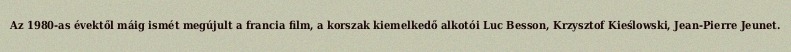
Az 1980-as évektől máig ismét megújult a francia film, a korszak kiemelkedő alkotói Luc Besson, Krzysztof Kieślowski, Jean-Pierre Jeunet.